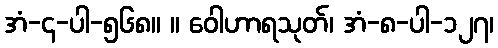
အံ-၄-ပါ-၅၆၈။ ။ ဝေါဟာရသုတ်၊ အံ-၈-ပါ-၁၂၇၊